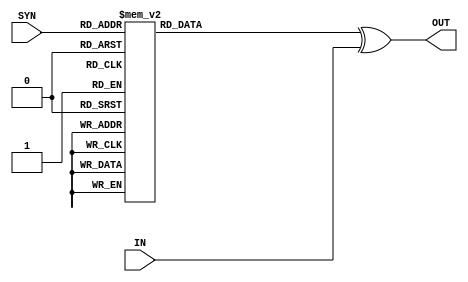
//
// Decoder for 32 bit SEC-DED 
//
//


module corrector (input [38:0] IN, 
    input [6:0] SYN,
    output reg [38:0] OUT
);

reg [38:0] LOC;

    always @(*) begin
       case (SYN)
           7'b0000111: LOC <= 39'h00_0000_0001; 
           7'b0001011: LOC <= 39'h00_0000_0002;
           7'b0010011: LOC <= 39'h00_0000_0004;
           7'b0100011: LOC <= 39'h00_0000_0008;
           7'b1000011: LOC <= 39'h00_0000_0010;
           7'b0001101: LOC <= 39'h00_0000_0020;
           7'b0010101: LOC <= 39'h00_0000_0040;
           7'b0100101: LOC <= 39'h00_0000_0080;
           7'b1000101: LOC <= 39'h00_0000_0100;
           7'b1110000: LOC <= 39'h00_0000_0200;
           7'b1101000: LOC <= 39'h00_0000_0400;
           7'b1100100: LOC <= 39'h00_0000_0800;
           7'b1100010: LOC <= 39'h00_0000_1000;
           7'b1100001: LOC <= 39'h00_0000_2000;
           7'b1011000: LOC <= 39'h00_0000_4000;
           7'b1010100: LOC <= 39'h00_0000_8000;
           7'b1010010: LOC <= 39'h00_0001_0000;
           7'b1010001: LOC <= 39'h00_0002_0000;
           7'b0001110: LOC <= 39'h00_0004_0000;
           7'b0011100: LOC <= 39'h00_0008_0000;
           7'b0111000: LOC <= 39'h00_0010_0000;
           7'b0010110: LOC <= 39'h00_0020_0000;
           7'b0100110: LOC <= 39'h00_0040_0000;
           7'b0011010: LOC <= 39'h00_0080_0000;
           7'b0101010: LOC <= 39'h00_0100_0000;
           7'b0110010: LOC <= 39'h00_0200_0000;
           7'b1001001: LOC <= 39'h00_0400_0000;
           7'b0101001: LOC <= 39'h00_0800_0000;
           7'b1001010: LOC <= 39'h00_1000_0000;
           7'b0011001: LOC <= 39'h00_2000_0000;
           7'b1001100: LOC <= 39'h00_4000_0000;
           7'b0110100: LOC <= 39'h00_8000_0000;
           7'b0000001: LOC <= 39'h01_0000_0000;
           7'b0000010: LOC <= 39'h02_0000_0000;
           7'b0000100: LOC <= 39'h04_0000_0000;
           7'b0001000: LOC <= 39'h08_0000_0000;
           7'b0010000: LOC <= 39'h10_0000_0000;
           7'b0100000: LOC <= 39'h20_0000_0000;
           7'b1000000: LOC <= 39'h40_0000_0000; 
           default: LOC <= 0;
        endcase
       OUT <= LOC ^ IN;
    end
endmodule


module dec_top (input [38:0] IN, 
    output wire [38:0] OUT, 
    output reg [6:0] SYN, 
    output reg ERR, SGL, DBL,
    input clk 
);


    wire [6:0] CHK;
    assign CHK = IN[38:32];


    always @(*) begin
       SYN[0] <= IN[0] ^ IN[1] ^ IN[2] ^ IN[3] ^ IN[4] ^ IN[5] ^ IN[6] ^ IN[7] ^ IN[8] ^ IN[13] ^ IN[17] ^ IN[26] ^ IN[27] ^ IN[29] ^ CHK[0];
       SYN[1] <= IN[0] ^ IN[1] ^ IN[2] ^ IN[3] ^ IN[4] ^ IN[12] ^ IN[16] ^ IN[18] ^ IN[21] ^ IN[22] ^ IN[23] ^ IN[24] ^ IN[25] ^ IN[28] ^ CHK[1];
       SYN[2] <= IN[0] ^ IN[5] ^ IN[6] ^ IN[7] ^ IN[8] ^ IN[11] ^ IN[15] ^ IN[18] ^ IN[19] ^ IN[21] ^ IN[22] ^ IN[30] ^ IN[31] ^ CHK[2];
       SYN[3] <= IN[1] ^ IN[5] ^ IN[10] ^ IN[14] ^ IN[18] ^ IN[19] ^ IN[20] ^ IN[23] ^ IN[24] ^ IN[26] ^ IN[27] ^ IN[28] ^ IN[29] ^ IN[30] ^ CHK[3];
       SYN[4] <= IN[2] ^ IN[6] ^ IN[9] ^ IN[14] ^ IN[15] ^ IN[16] ^ IN[17] ^ IN[19] ^ IN[20] ^ IN[21] ^ IN[23] ^ IN[25] ^ IN[29] ^ IN[31] ^ CHK[4];
       SYN[5] <= IN[3] ^ IN[7] ^ IN[9] ^ IN[10] ^ IN[11] ^ IN[12] ^ IN[13] ^ IN[20] ^ IN[22] ^ IN[24] ^ IN[25] ^ IN[27] ^ IN[31] ^ CHK[5];
       SYN[6] <= IN[4] ^ IN[8] ^ IN[9] ^ IN[10] ^ IN[11] ^ IN[12] ^ IN[13] ^ IN[14] ^ IN[15] ^ IN[16] ^ IN[17] ^ IN[26] ^ IN[28] ^ IN[30] ^ CHK[6];
    
       ERR <= |SYN;
       SGL <= ^SYN & ERR;
       DBL <= ~^SYN & ERR;
    end

corrector corr_mod (.IN(IN), .SYN(SYN), .OUT(OUT));
    
endmodule